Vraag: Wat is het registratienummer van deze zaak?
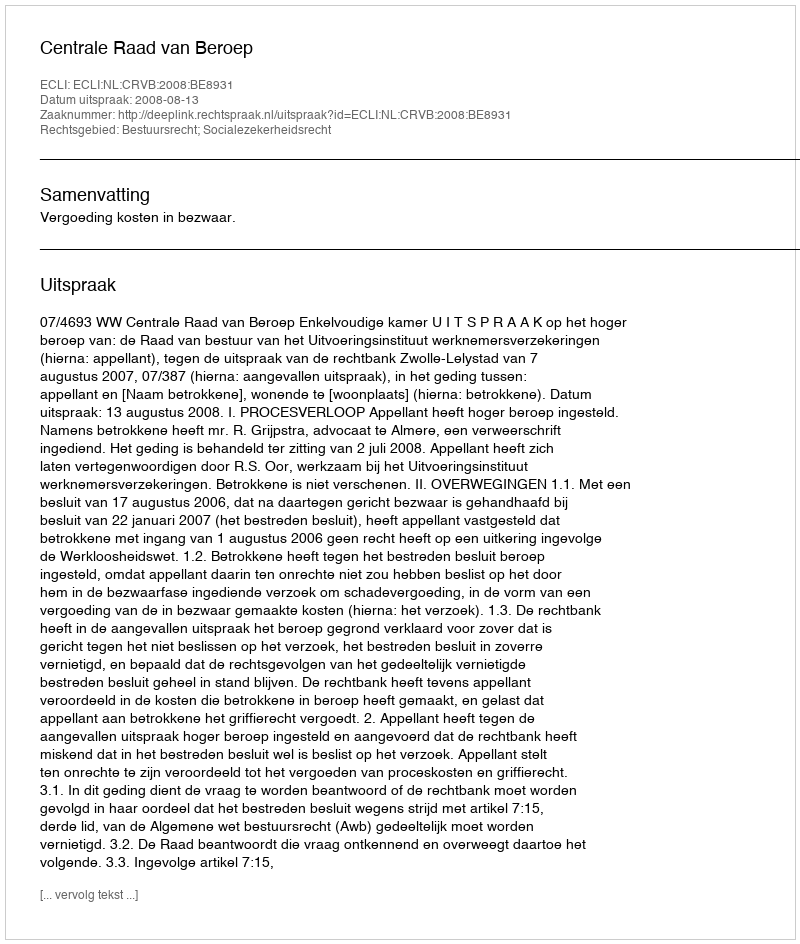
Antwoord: http://deeplink.rechtspraak.nl/uitspraak?id=ECLI:NL:CRVB:2008:BE8931